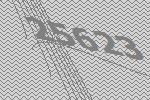
25623